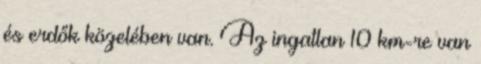
és erdők közelében van. Az ingatlan 10 km-re van